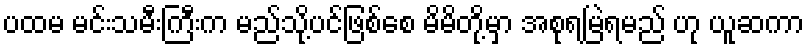
ပထမ မင်းသမီးကြီးက မည်သို့ပင်ဖြစ်စေ မိမိတို့မှာ အစုရမြဲရမည် ဟု ယူဆကာ